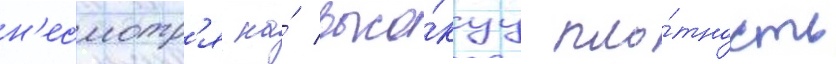
н'есмотр'я на́ высо́куу пло́тность